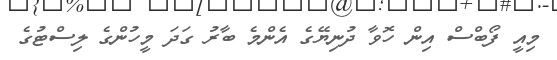
މިއީ ފޯބްސް އިން ހޮވާ ދުނިޔޭގެ އެންމެ ބާރު ގަދަ މީހުންގެ ލިސްޓުގެ